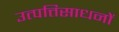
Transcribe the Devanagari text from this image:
उत्पत्तिसाधनों